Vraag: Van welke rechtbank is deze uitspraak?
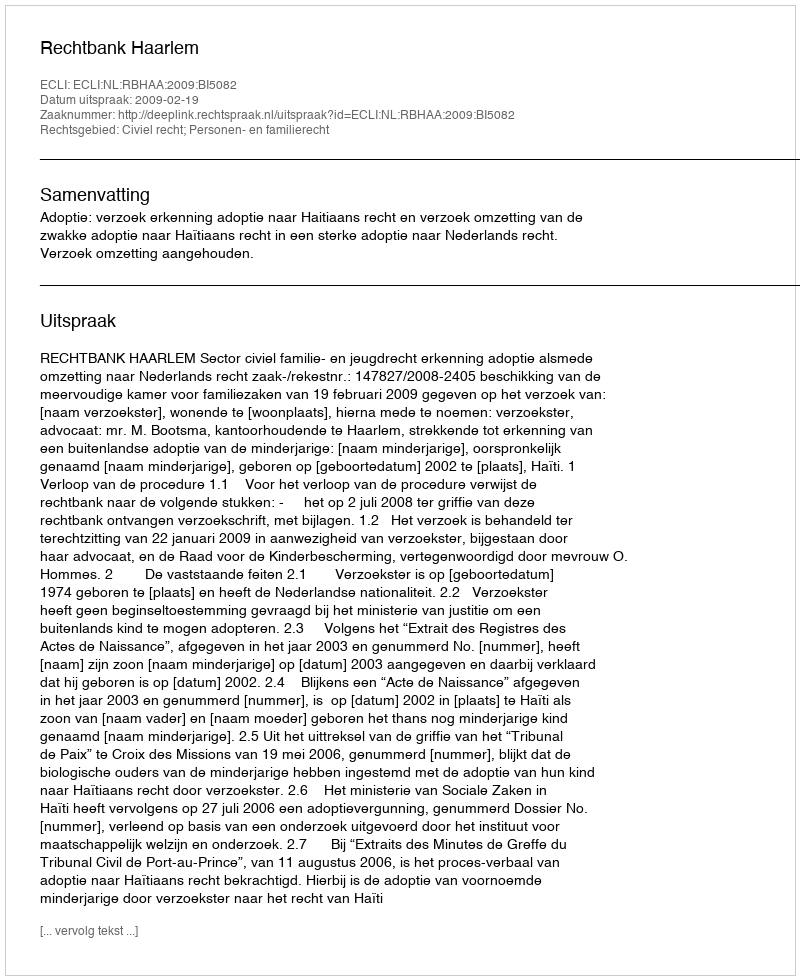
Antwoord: Rechtbank Haarlem